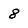
Character: 8